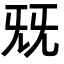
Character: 兓